Civil Veterinary Dept. Bombay admin report 1900-1906 - 1900-1906
Year: 1900
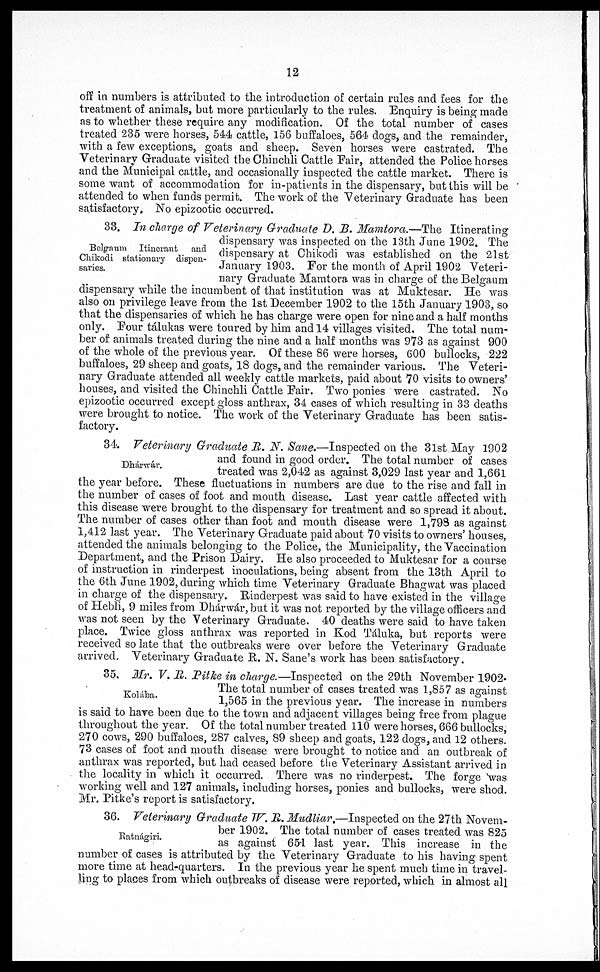
12
off in numbers is attributed to the introduction of certain rules and fees for the
treatment of animals, but more particularly to the rules. Enquiry is being made
as to whether these require any modification. Of the total number of cases
treated 235 were horses, 544 cattle, 156 buffaloes, 564 dogs, and the remainder,
with a few exceptions, goats and sheep. Seven horses were castrated. The
Veterinary Graduate visited the Chinchli Cattle Fair, attended the Police horses
and the Municipal cattle, and occasionally inspected the cattle market. There is
some want of accommodation for in-patients in the dispensary, but this will be
attended to when funds permit. The work of the Veterinary Graduate has been
satisfactory, No epizootic occurred.
Belgaum Itinerant
and
Chikodi stationary dispen-
saries.
33. In charge of Veterinary Graduate D. B. Mamtora.—The Itinerating
dispensary was inspected on the 13th June 1902. The
dispensary at Chikodi was established on the 21 st
January 1903. For the month of April 1902 Veteri-
nary Graduate Mamtora was in charge of the Belgaum
dispensary while the incumbent of that institution was at Muktesar. He was
also on privilege leave from the 1st December 1902 to the loth January 1903, so
that the dispensaries of which he has charge were open for nine and a half months
only. Four tálukas were toured by him and 14 villages visited. The total num-
ber of animals treated during the nine and a half months was 973 as against 900
of the whole of the previous year. Of these 86 were horses, 600 bullocks, 222
buffaloes, 29 sheep and goats, 18 dogs, and the remainder various. The Veteri-
nary Graduate attended all weekly cattle markets, paid about 70 visits to owners'
houses, and visited the Chinchli Cattle Fair. Two ponies were castrated. No
epizootic occurred except gloss anthrax, 34 cases of which resulting in 33 deaths
were brought to notice. The work of the Veterinary Graduate has been satis-
factory.
Dhárwár.
34. Veterinary Graduate JR. N. Sane.—Inspected on the 31st May 1902
and found in good order. The total number of cases
treated was 2,042 as against 3,029 last year and 1,661
the year before. These fluctuations in numbers are due to the rise and fall in
the number of cases of foot and mouth disease. Last year cattle affected with
this disease were brought to the dispensary for treatment and so spread it about.
The number of cases other than foot and mouth disease were 1,793 as against
1,412 last year. The Veterinary Graduate paid about 70 visits to owners' houses,
attended the animals belonging to the Police, the Municipality, the Vaccination
Department, and the Prison Dairy. He also proceeded to Muktesar for a course
of instruction in rinderpest inoculations, being absent from the 13th April to
the 6th June 1902, during which time Veterinary Graduate Bhagwat was placed
in charge of the dispensary. Rinderpest was said to have existed in the village
of Hebli, 9 miles from Dhárwár, but it was not reported by the village officers and
was not seen by the Veterinary Graduate. 40 deaths were said to have taken
place. Twice gloss anthrax was reported in Kod Táluka, but reports were
received so late that the outbreaks were over before the Veterinary Graduate
arrived. Veterinary Graduate E. N. Sane's work has been satisfactory.
Kolába.
35. Mr. V. R. Pitke in charge.—Inspected on the 29th November 1902.
The total number of cases treated was 1,857 as against
1,565 in the previous year. The increase in numbers
is said to have been due to the town and adjacent villages being free from plague
throughout the year. Of the total number treated 110 were horses, 666 bullocks,
270 cows, 290 buffaloes, 287 calves, 89 sheep and goats, 122 dogs, and 12 others.
73 cases of foot and mouth disease were brought to notice and an outbreak of
anthrax was reported, but had ceased before the Veterinary Assistant arrived in
the locality in which it occurred. There was no rinderpest. The forge was
working well and 127 animals, including horses, ponies and bullocks, were shod.
Mr. Pitke's report is satisfactory.
Ratnágiri.
36. Veterinary Graduate TV. JR. Mudliar.—Inspected on the 27th Novem-
ber 1902. The total number of cases treated was 825
as against 651 last year. This increase in the
number of cases is attributed by the Veterinary Graduate to his having spent
more time at head-quarters. In the previous year he spent much time in travel-
ling to places from which outbreaks of disease were reported, which in almost all